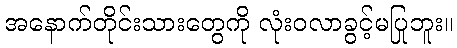
အနောက်တိုင်းသားတွေကို လုံးဝလာခွင့်မပြုဘူး။